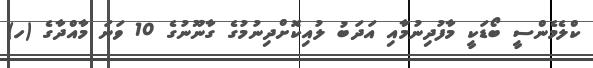
ކްލެމެންސީ ބޯޑަކީ މާފުދިނުމާއި އަދަބު ލުއިކޮށްދިނުމުގެ ގާނޫނުގެ 10 ވަނަ މާއްދާގެ (ހ)